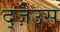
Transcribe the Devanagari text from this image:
द्ज़ेउस